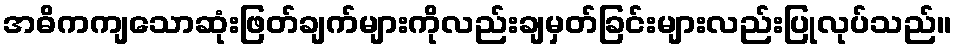
အဓိကကျသောဆုံးဖြတ်ချက်များကိုလည်းချမှတ်ခြင်းများလည်းပြုလုပ်သည်။